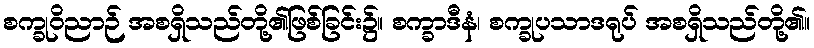
စက္ခုဝိညာဉ် အစရှိသည်တို့၏ဖြစ်ခြင်း၌။ စက္ခာဒီနံ၊ စက္ခုပသာဒရုပ် အစရှိသည်တို့၏။